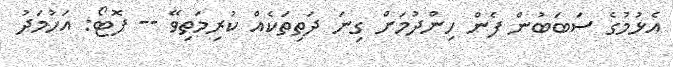
އެޅުމުގެ ސަބަބުން ފެން ހިންދުމަށް ގިނަ ދަތިތަކެއް ކުރިމަތިވޭ -- ފޮޓޯ: އަހުމަދު